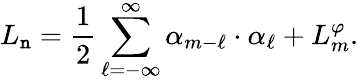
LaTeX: L_{\mathtt{n}}={\frac{{1}}{{2}}}\sum_{\ell=-\infty}^{\infty}\alpha_{m-\ell}\cdot\alpha_{\ell}+L_{m}^{\varphi}.